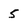
Character: 5